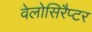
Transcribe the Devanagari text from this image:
वेलोसिरैप्टर